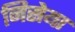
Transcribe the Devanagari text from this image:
निसेया